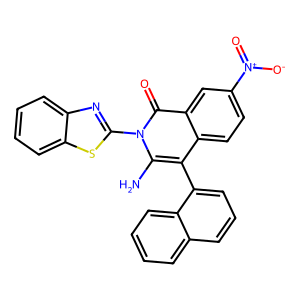
SMILES: Nc1c(-c2cccc3ccccc23)c2ccc([N+](=O)[O-])cc2c(=O)n1-c1nc2ccccc2s1
Inhibits HIV replication: No